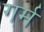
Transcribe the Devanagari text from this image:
गर्म